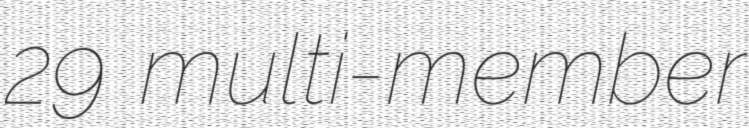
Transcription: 29 multi-member